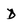
Character: D